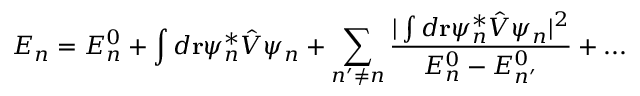
E _ { n } = E _ { n } ^ { 0 } + \int d \mathbf { r } \psi _ { n } ^ { * } { \hat { V } } \psi _ { n } + \sum _ { n ^ { \prime } \neq n } { \frac { | \int d \mathbf { r } \psi _ { n } ^ { * } { \hat { V } } \psi _ { n } | ^ { 2 } } { E _ { n } ^ { 0 } - E _ { n ^ { \prime } } ^ { 0 } } } + . . .